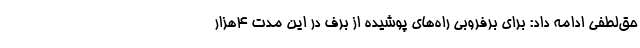
حق‌لطفی ادامه داد: برای برفروبی راه‌های پوشیده از برف در این مدت ۴هزار